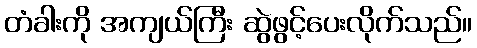
တံခါးကို အကျယ်ကြီး ဆွဲဖွင့်ပေးလိုက်သည်။